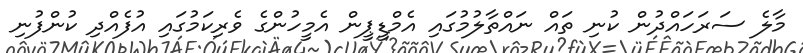
މާލެ ސަރަހައްދުން ކުނި ތައް ނައްތާލުމުގައި އެމްޑީޕީން އެމީހުންގެ ވެރިކަމުގައި އުފެއްދި ކުންފުނި